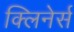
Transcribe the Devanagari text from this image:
क्लिनेर्स